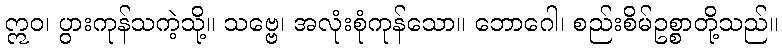
ဣဝ၊ ပွားကုန်သကဲ့သို့။ သဗ္ဗေ၊ အလုံးစုံကုန်သော။ ဘောဂေါ၊ စည်းစိမ်ဥစ္စာတို့သည်။